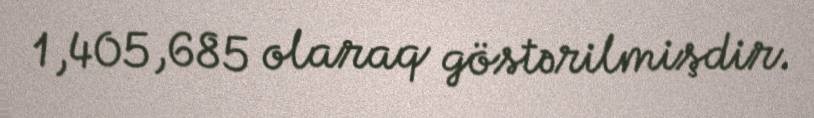
1,405,685 olaraq göstərilmişdir.